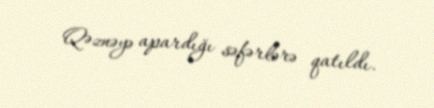
Qəznəyə apardığı səfərlərə qatıldı.